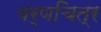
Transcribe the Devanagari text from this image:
वर्णचित्र